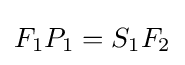
F_{1}P_{1}=S_{1}F_{2}